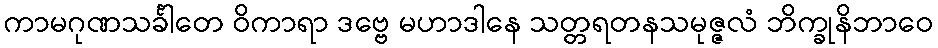
ကာမဂုဏသင်္ခါတေ ဝိကာရာ ဒဗ္ဗေ မဟာဒါနေ သတ္တရတနသမုဇ္ဇလံ ဘိက္ခုနိဘာဝေ